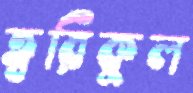
ত্বরিকুল